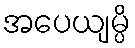
အပေယျမ္ပိ